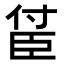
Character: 𬛤